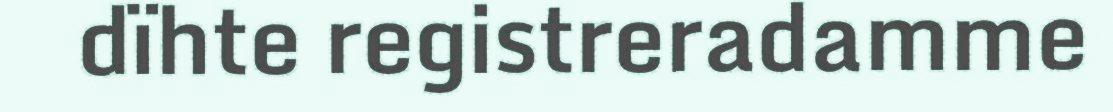
dïhte registreradamme